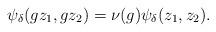
LaTeX: \begin{align*} \psi_{\delta}(gz_1,gz_2) = \nu(g)\psi_{\delta}(z_1,z_2).\end{align*}